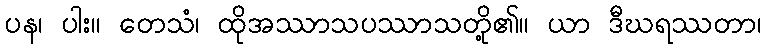
ပန၊ ပါး။ တေသံ၊ ထိုအဿာသပဿာသတို့၏။ ယာ ဒီဃရဿတာ၊